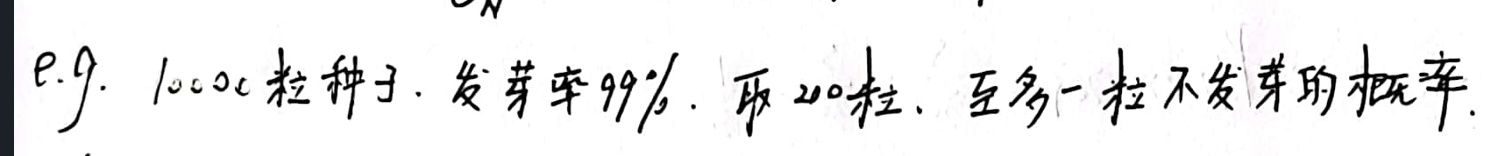
e.g. 1000粒种子，发芽率99%，取200粒，至多一粒不发芽的概率.